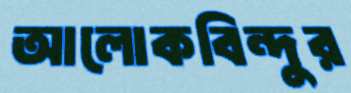
আলোকবিন্দুর